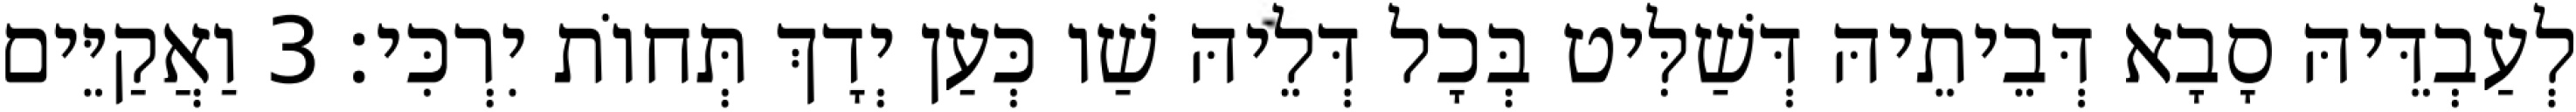
לְעַבְדֵּיהּ סָבָא דְּבֵיתֵיהּ דְּשַׁלִּיט בְּכָל דְּלֵיהּ שַׁו כְּעַן יְדָךְ תְּחוֹת יִרְכִּי׃ 3 וַאֲקַיֵּים